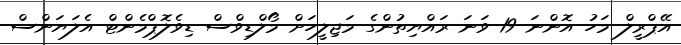
އޭޕްރީލް މަހު އޮންނަ 19 ވަނަ ރައްޔިތުންގެ މަޖިލީހަށް މޯލްޑިވްސް ޑިވެލޮޕްމެންޓް އެލަޔަންސް